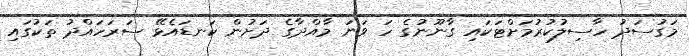
މަގުސަދު ހާސިލުކުރުމަށްޓަކައި ގާނޫނުގެ ހަ ވަނަ މާއްދާގެ ދަށުން ކަނޑައެޅޭ ސަރަހައްދު ތަކުގައި